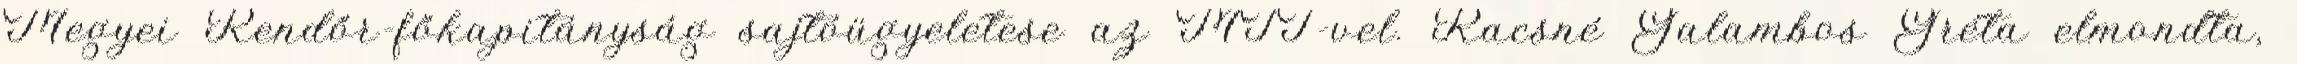
Megyei Rendőr-főkapitányság sajtóügyeletese az MTI-vel. Racsné Galambos Gréta elmondta,